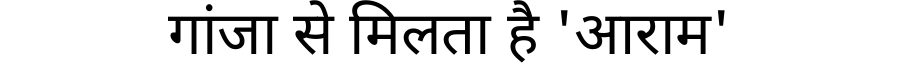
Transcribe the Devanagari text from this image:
गांजा से मिलता है 'आराम'